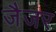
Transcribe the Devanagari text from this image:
जैजर